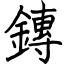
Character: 鏄